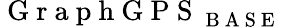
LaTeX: \mathrm{~G~r~a~p~h~G~P~S~}_{\mathrm{~B~A~S~E~}}